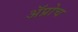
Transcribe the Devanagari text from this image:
अॅप्रोच